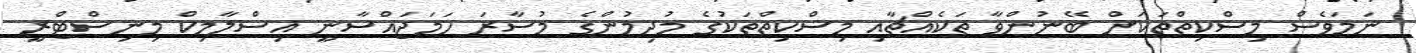
ނަމަވެސް މިސްކިތްތަކަށް ބޭނުންވާ ތަކެއްޗާއި މިސްކިތްތަކުގެ މުދިމުންގެ މުސާރަ ހަމަޖައްސާނީ އިސްލާމިކް މިނިސްޓްރީ